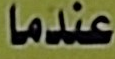
عندما